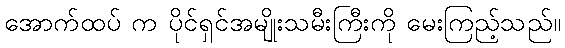
အောက်ထပ် က ပိုင်ရှင်အမျိုးသမီးကြီးကို မေးကြည့်သည်။